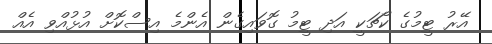
އޭރު ޓީމުގެ ކޯޗަކީ އަދި ޓީމު ގޮވައިގެން އެންމެ އިސްކޮށް އުޅުއްވި އެއް